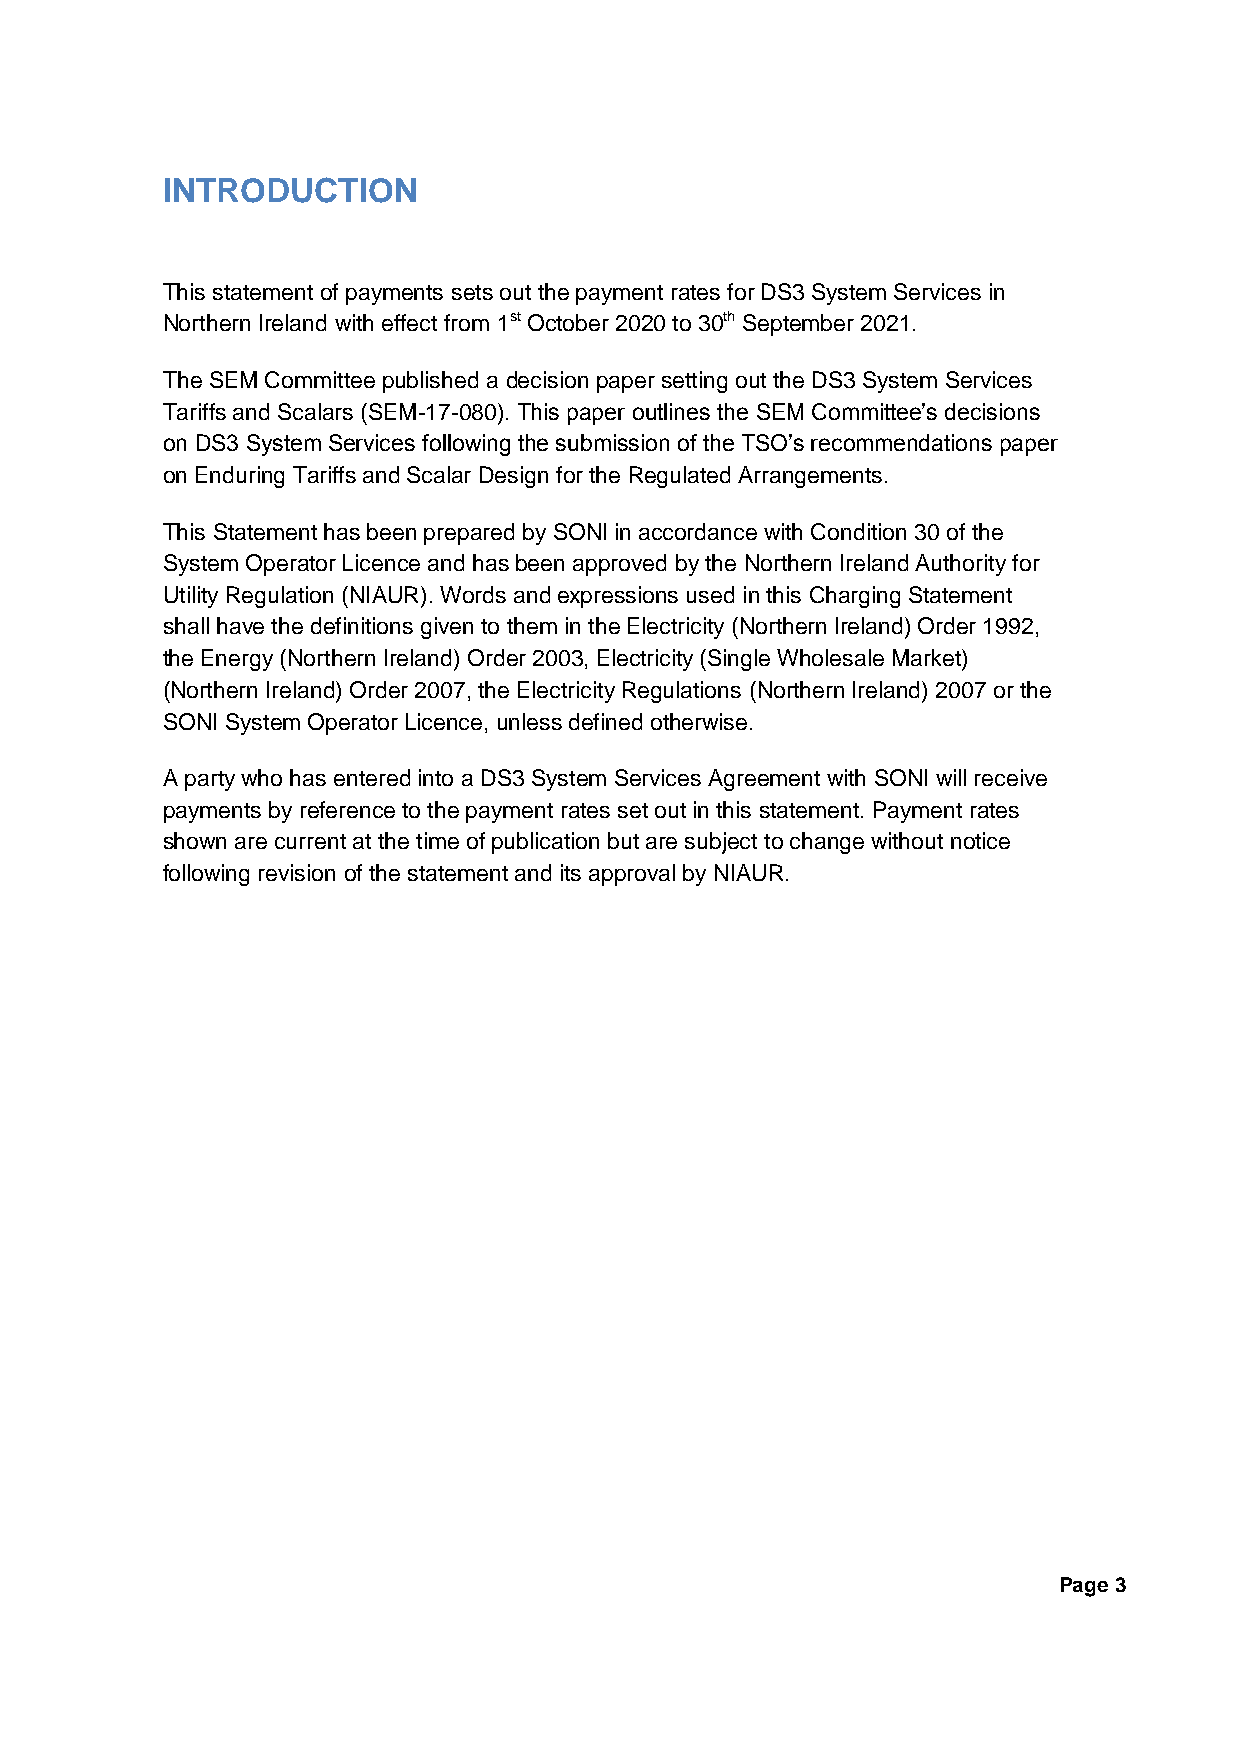
INTRODUCTION
 This statement of payments sets out the payment rates for DS3 System Services in
 Northern Ireland with effect from 1st October 2020 to 30th September 2021.
 The SEM Committee published a decision paper setting out the DS3 System Services
 Tariffs and Scalars (SEM-17-080). This paper outlines the SEM Committee’s decisions
 on DS3 System Services following the submission of the TSO’s recommendations paper
 on Enduring Tariffs and Scalar Design for the Regulated Arrangements.
 This Statement has been prepared by SONI in accordance with Condition 30 of the
 System Operator Licence and has been approved by the Northern Ireland Authority for
 Utility Regulation (NIAUR). Words and expressions used in this Charging Statement
 shall have the definitions given to them in the Electricity (Northern Ireland) Order 1992,
 the Energy (Northern Ireland) Order 2003, Electricity (Single Wholesale Market)
 (Northern Ireland) Order 2007, the Electricity Regulations (Northern Ireland) 2007 or the
 SONI System Operator Licence, unless defined otherwise.
 A party who has entered into a DS3 System Services Agreement with SONI will receive
 payments by reference to the payment rates set out in this statement. Payment rates
 shown are current at the time of publication but are subject to change without notice
 following revision of the statement and its approval by NIAUR.
 Page 3